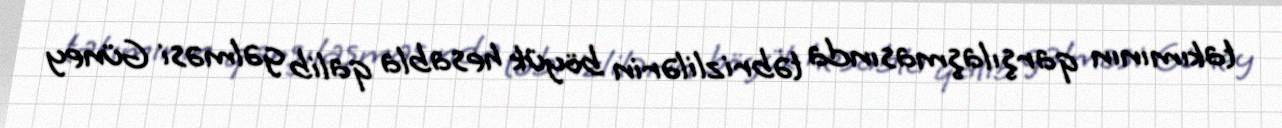
takımının qarşılaşmasında təbrizlilərin böyük hesabla qalib gəlməsi Güney